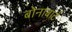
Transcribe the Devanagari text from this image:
बोनाबार्ट